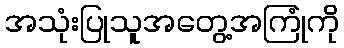
အသုံးပြုသူအတွေ့အကြုံကို